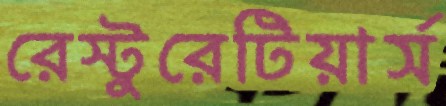
রেস্টুরেটিয়ার্স